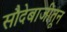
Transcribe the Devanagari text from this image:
सौदेबाजीतून